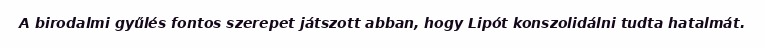
A birodalmi gyűlés fontos szerepet játszott abban, hogy Lipót konszolidálni tudta hatalmát.